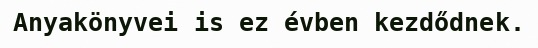
Anyakönyvei is ez évben kezdődnek.